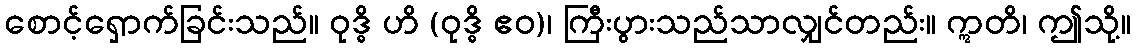
စောင့်ရှောက်ခြင်းသည်။ ဝုဒ္ဓိ ဟိ (ဝုဒ္ဓိ ဧဝ)၊ ကြီးပွားသည်သာလျှင်တည်း။ ဣတိ၊ ဤသို့။